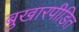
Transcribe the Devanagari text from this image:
बुखारपीड़ित